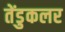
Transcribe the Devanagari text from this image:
तेंडुकलर